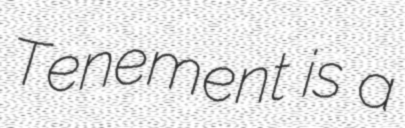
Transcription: Tenement is a